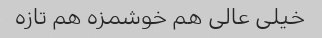
خیلی عالی هم خوشمزه هم تازه